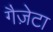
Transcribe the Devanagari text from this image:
गैज़ेटा